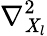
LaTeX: \nabla_{\mathit{X}_{l}}^{2}